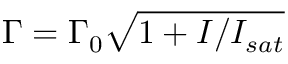
\Gamma = \Gamma _ { 0 } \sqrt { 1 + I / I _ { s a t } }